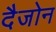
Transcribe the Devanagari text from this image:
दैजोन